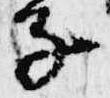
子